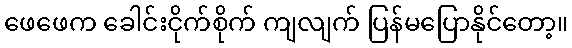
ဖေဖေက ခေါင်းငိုက်စိုက် ကျလျက် ပြန်မပြောနိုင်တော့။